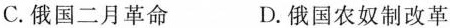
C.俄国二月革命 D.俄国农奴制改革